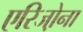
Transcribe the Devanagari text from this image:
एरिजो़ना